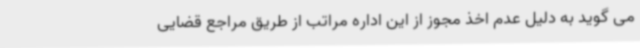
می گوید به دلیل عدم اخذ مجوز از این اداره مراتب از طریق مراجع قضایی